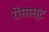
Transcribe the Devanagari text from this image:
रोंसास्ट